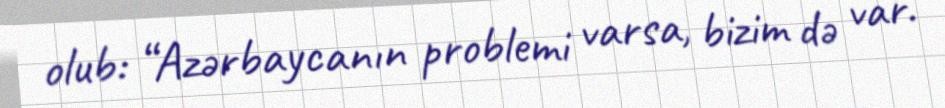
olub: “Azərbaycanın problemi varsa, bizim də var.